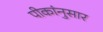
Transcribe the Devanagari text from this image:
पीकांनुसार